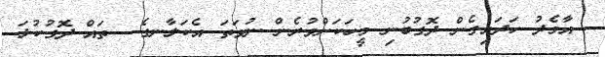
އާމެދު ހަދައިގެން ދޮގުބުނި މީހަކަށްވުރެން ނުވަތަ އެކަލާނގެ  ތައް ދޮގުކުޅަ